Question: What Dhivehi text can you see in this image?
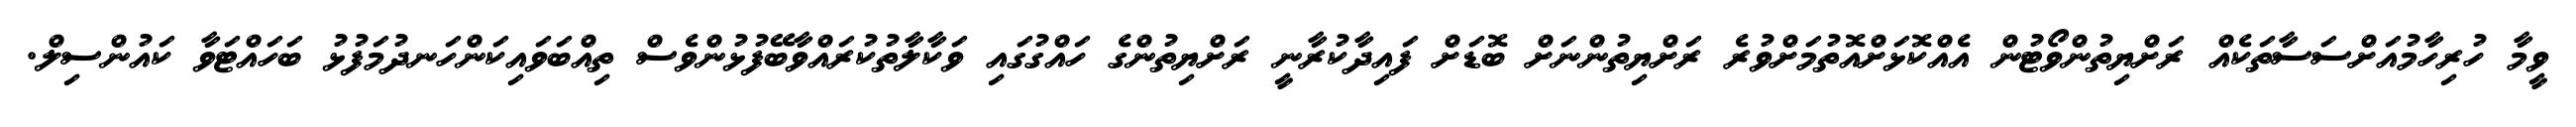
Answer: ވީމާ ހުރިހާމުއަށްސަސާތަކެއް ރަށްޔިތުންވޯޓުން އެއްކޮޅަށްއޮތުމަށްވުރެ ރަށްޔިތުންނަށް ބޮޑަށް ފައިދާކުރާނީ ރަށްޔިތުންގެ ހައްގުގައި ވަކާލާތުކުރައްވާބޭފުޅުންވެސް ތިއްބަވައިކަންހަނދުމަފުޅު ބަހައްޓަވާ ކައުންސިލް.